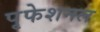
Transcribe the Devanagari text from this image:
पृफेशनल